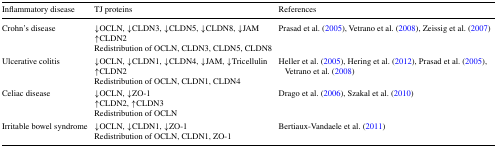
| Inflammatory disease | TJ proteins | References |
 | --- | --- | --- |
 | Crohn’s disease | ↓OCLN, ↓CLDN3, ↓CLDN5, ↓CLDN8, ↓JAM↑CLDN2Redistribution of OCLN, CLDN3, CLDN5, CLDN8 | Prasad et al. (2005), Vetrano et al. (2008), Zeissig et al. (2007) |
 | Ulcerative colitis | ↓OCLN, ↓CLDN1, ↓CLDN4, ↓JAM, ↓Tricellulin↑CLDN2Redistribution of OCLN, CLDN1, CLDN4 | Heller et al. (2005), Hering et al. (2012), Prasad et al. (2005), Vetrano et al. (2008) |
 | Celiac disease | ↓OCLN, ↓ZO-1↑CLDN2, ↑CLDN3Redistribution of OCLN | Drago et al. (2006), Szakal et al. (2010) |
 | Irritable bowel syndrome | ↓OCLN, ↓CLDN1, ↓ZO-1Redistribution of OCLN, CLDN1, ZO-1 | Bertiaux-Vandaele et al. (2011) |